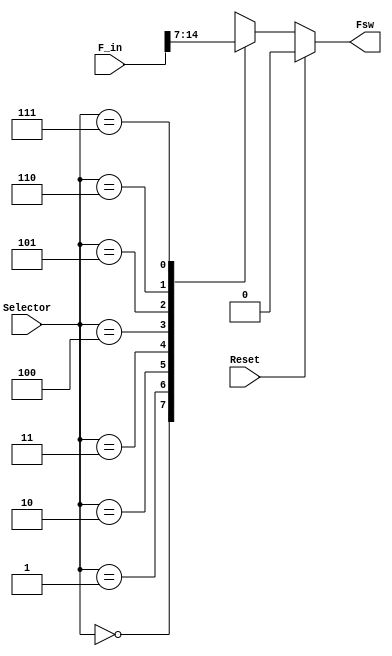
`timescale 1ns / 1ps
//////////////////////////////////////////////////////////////////////////////////
// Company: 
// Engineer: 
// 
// Design Name: 
// Module Name:    Mux_Frecuencias 
// Project Name: 
// Target Devices: 
// Tool versions: 
// Description: 
//
// Dependencies: 
//
// Revision: 
// Revision 0.01 - File Created
// Additional Comments: 
//
//////////////////////////////////////////////////////////////////////////////////
module Mux_Frecuencias( //Mux selector de frecuencias
    input Reset,
	 input [14:0] F_in, // seal que viene del divisor de frecuencia
    input [2:0] Selector, //entradas de seleccin, salida contador ascendente / descendente
    output Fsw // salida del mux
    );
	 
reg Fsw_out; // se define una registro llamado Fsw_out

always @(Reset or Selector or F_in) // siempre que ocurra un cambio
begin :MUX
if (Reset) 
Fsw_out <= 1'b0;
else
case(Selector) // casos del selector
3'b000 : Fsw_out <= F_in[14]; //bit 7 frecuencia: 200kHz
3'b001 : Fsw_out <= F_in[13]; //bit 8 frecuencia: 100kHz
3'b010 : Fsw_out <= F_in[12]; //bit 9 frecuencia: 50kHz
3'b011 : Fsw_out <= F_in[11]; //bit 10 frecuencia: 25kHz
3'b100 : Fsw_out <= F_in[10]; //bit 11 frecuencia: 12,5kHz
3'b101 : Fsw_out <= F_in[9]; //bit 12 frecuencia: 6,25kHz
3'b110 : Fsw_out <= F_in[8]; //bit 13 frecuencia: 3,125kHz
3'b111 : Fsw_out <= F_in[7]; //bit 14 frecuencia: 1,560kHz

default: Fsw_out <= 1'b0;
endcase //fin del caso

end
assign Fsw=Fsw_out;
//assign Fsw=Fsw_out; // se asigna a la salida el valor del registro definido anteriormente
endmodule